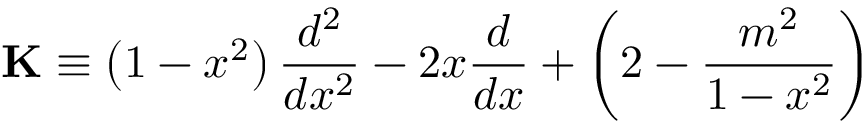
\mathbf { K } \equiv \left( 1 - x ^ { 2 } \right) \frac { d ^ { 2 } } { d x ^ { 2 } } - 2 x \frac { d } { d x } + \left( 2 - \frac { m ^ { 2 } } { 1 - x ^ { 2 } } \right)